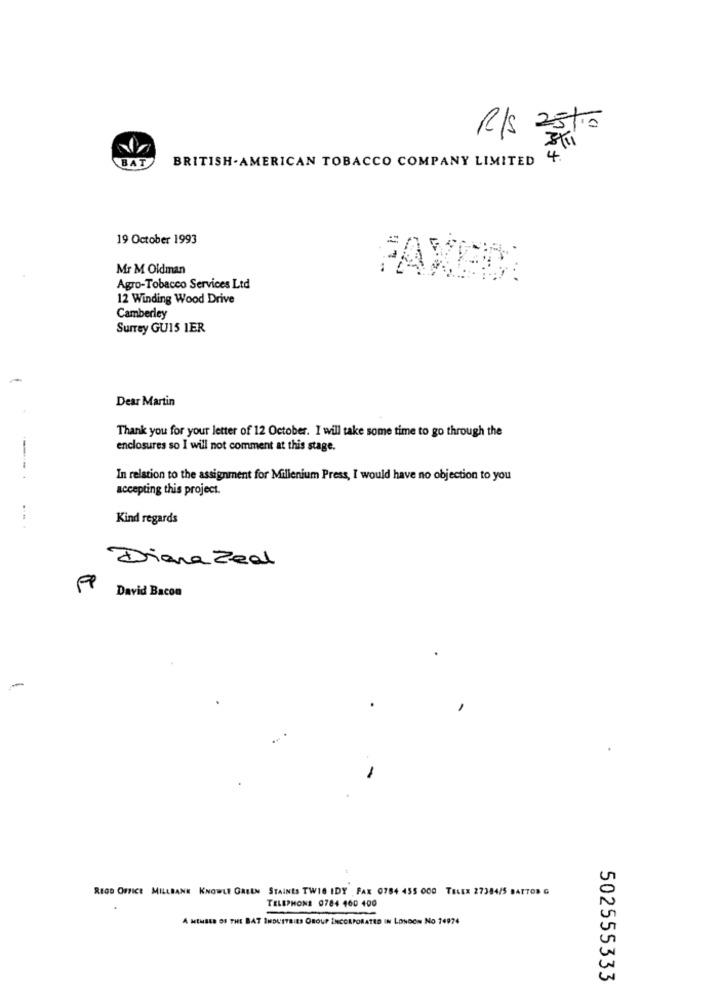
R/ 25to
BAT
BRITISH-AMERICAN TOBACCO COMPANY LIMITED
4
19 October 1993
Mr M Oldman
FAXEM
Agro-Tobacco Services Ltd
12 Winding Wood Drive
Camberley
Surrey GU15 1ER
Dear Martin
Thank you for your letter of 12 October. I will take some time to go through the
enclosures so I will not comment at this stage.
----
In relation to the assignment for Millenium Press, I would have no objection to you
accepting this project.
Kind regards
....
Diana Zeal
FP
David Bacon
-
RIGO OFFICE MILLBANK KNOWLE GREEN STAINES TWIG IDY FAX 0784 455 000 TELEX 27384/5 BATTOR G
TELEPHONE 0784 460 400
-
A MEMBER OF THE BAT INDUSTRIES GROUP INCORPORATED IN LONDON NO 74974
502555333